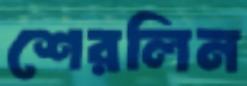
শেরলিন